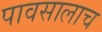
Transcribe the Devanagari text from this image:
पावसालाच